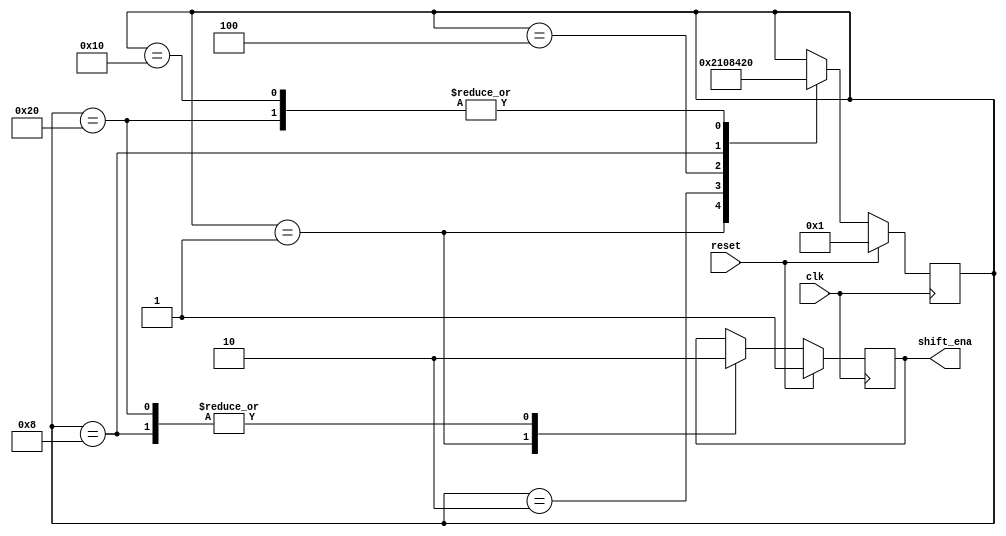
module top_module (
    input clk,
    input reset,      // Synchronous reset
    output shift_ena);
    
    reg [5:0] state;
    
    parameter rst = 6'b000001;		//	reset
    parameter s1 = 6'b000010;		//	1st shift
    parameter s2 = 6'b000100;		//	2nd shift
    parameter s3 = 6'b001000;		//	3rd shift
    parameter s4 = 6'b010000;		//	4th shift
    parameter rst_0 = 6'b100000;	//	reset
    
    always @ (posedge clk) begin
        if (reset) begin
        	state <= rst;
            shift_ena <= 1;
        end
        else begin
        	case (state)
            	rst: begin
                	state <= s1;
                    shift_ena <= 1;
                end
                s1: begin
                	state <= s2;
                end
                s2: begin
                	state <= s3;
                end
                s3: begin
                	state <= s4;
                    shift_ena <= 0;
                end
                s4: begin
                	state <=rst_0;
                    //shift_ena <= 0;
                end
                rst_0: begin
                	state <= rst_0;
                    shift_ena <= 0;
                end
        	endcase
        end
    end
endmodule